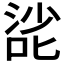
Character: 𰈌